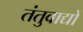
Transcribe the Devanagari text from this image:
तंतुवाद्यों